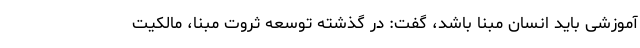
آموزشی باید انسان مبنا باشد، گفت: در گذشته توسعه ثروت مبنا، مالکیت